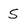
Character: S